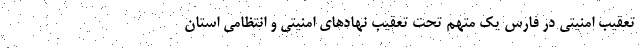
تعقیب امنیتی در فارس یک متهم تحت تعقیب نهاد‌های امنیتی و انتظامی استان